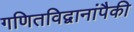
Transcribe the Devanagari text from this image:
गणितविद्वानांपैकी